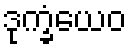
ဒုက္ခံယေဝ